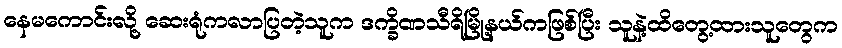
နေမကောင်းလို့ ဆေးရုံကလာပြတဲ့သူက ဒက္ခိဏသီရိမြို့နယ်ကဖြစ်ပြီး သူနဲ့ထိတွေ့ထားသူတွေက